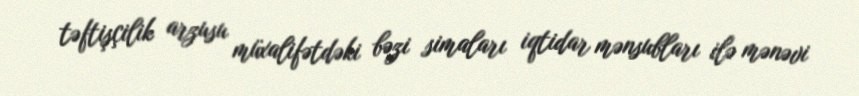
təftişçilik arzusu müxalifətdəki bəzi simaları iqtidar mənsubları ilə mənəvi